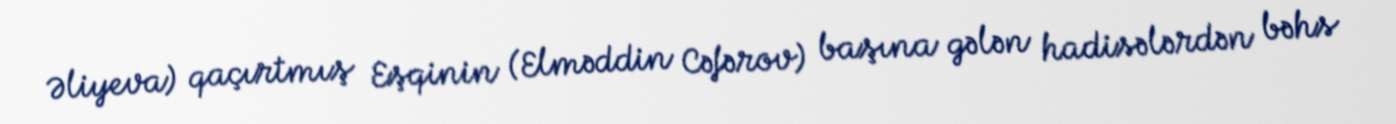
Əliyeva) qaçırtmış Eşqinin (Elməddin Cəfərov) başına gələn hadisələrdən bəhs